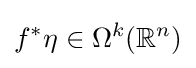
f^{*}\eta \in \Omega ^{k}(\mathbb {R} ^{n})